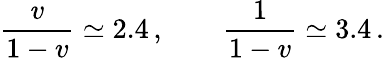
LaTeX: \frac{v}{1-v}\simeq 2.4\, ,\qquad\frac{1}{1-v}\simeq 3.4\, .